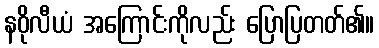
နဝိုလီယံ အကြောင်းကိုလည်း ပြောပြတတ်၏။